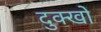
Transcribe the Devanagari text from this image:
दुक्खों